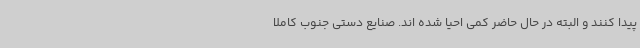
پیدا کنند و البته در حال حاضر کمی احیا شده اند. صنایع دستی جنوب کاملا